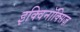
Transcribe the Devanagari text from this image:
इक्विनॉक्सिज़